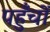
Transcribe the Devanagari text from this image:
पहुँचों